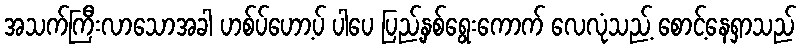
အသက်ကြီးလာသောအခါ ဟစ်ပ်ဟော့ပ် ပါပေ ပြည့်နှစ်ရွေးကောက် လေလုံသည့် စောင့်နေရှာသည်